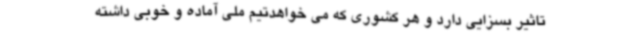
تاثیر بسزایی دارد و هر کشوری که می خواهدتیم ملی آماده و خوبی داشته